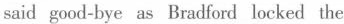
said good-bye as Bradford locked the